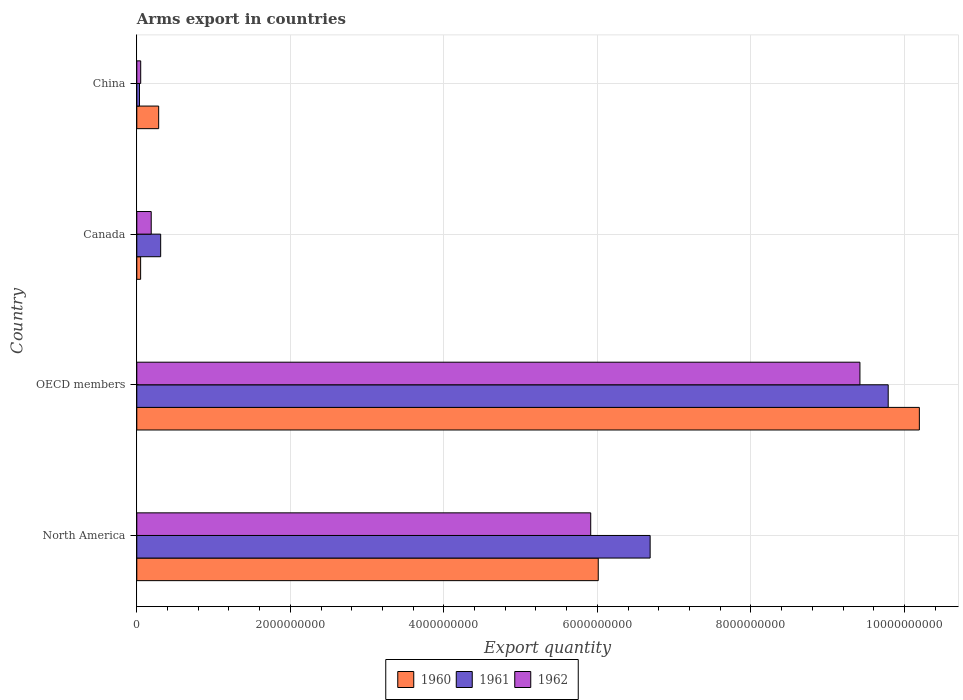
| Country | 1960 | 1961 | 1962 |
 | --- | --- | --- | --- |
 | North America | 6.01e+09 | 6.69e+09 | 5.91e+09 |
 | OECD members | 1.02e+10 | 9.79e+09 | 9.42e+09 |
 | Canada | 5e+07 | 3.11e+08 | 1.88e+08 |
 | China | 2.85e+08 | 3.5e+07 | 5.1e+07 |